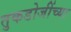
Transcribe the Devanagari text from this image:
तुकडोजींच्या